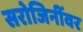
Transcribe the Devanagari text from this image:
सरोजिनींवर